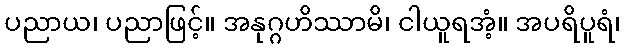
ပညာယ၊ ပညာဖြင့်။ အနုဂ္ဂဟိဿာမိ၊ ငါယူရအံ့။ အပရိပူရံ၊